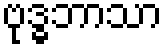
ဗုဒ္ဓဘာသာ